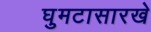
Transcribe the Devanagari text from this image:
घुमटासारखे